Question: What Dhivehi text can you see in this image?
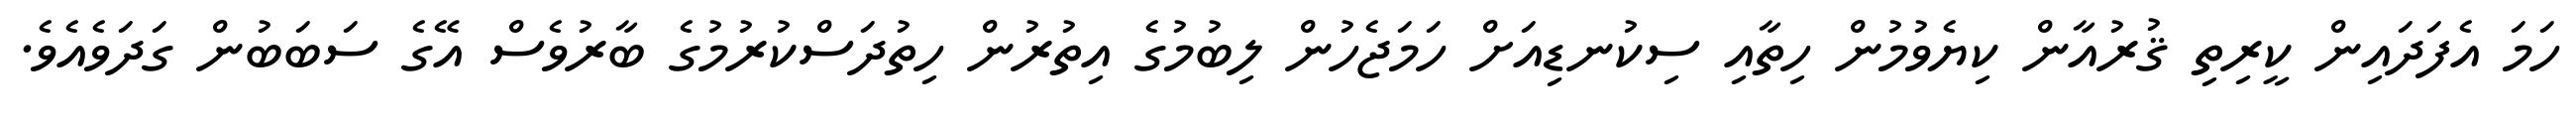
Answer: ހަމަ އެފަދައިން ކީރިތި ޤުރުއާން ކިޔެވުމުން ހިތާއި ސިކުނޑިއަށް ހަމަޖެހުން ލިބުމުގެ އިތުރުން ހިތުދަސްކުރުމުގެ ބާރުވެސް އޭގެ ސަބަބުން ގަދަވެއެވެ.